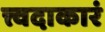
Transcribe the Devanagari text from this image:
त्त्वदाकारं